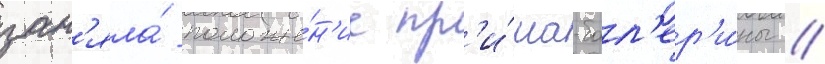
зан'яла́ положе́н'ие пр'и́ма-бал'ер'и́ны //